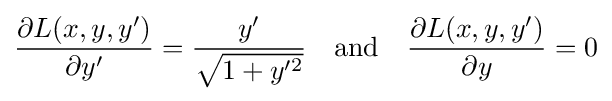
{\frac {\partial L(x,y,y')}{\partial y'}}={\frac {y'}{\sqrt {1+y'^{2}}}}\quad {\text{and}}\quad {\frac {\partial L(x,y,y')}{\partial y}}=0